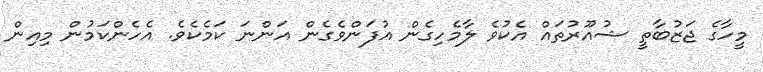
މީހާގެ ޖަޒުބާތީ ޝުއޫރުތައް އެކުވެ ލާމެހިގެން އުފަންވެގެން އަންނަ ކަމެކެވެ. އެހެންކަމުން މިއިން